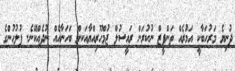
ދުނިޔެ މަރުހަބާކީ އަމުރެއް ތަންފީޒް ނުކުރަން ރައީސުލް ޖުމްހޫރިއްޔާއަކށް ބަހަނާއެއް ނުދެއްކޭނެ. ފުލުހުންގެ